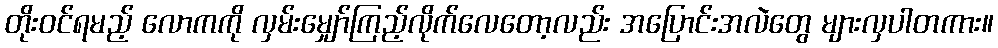
တိုးဝင်ရမည့် လောကကို လှမ်းမျှော်ကြည့်လိုက်လေတော့လည်း အပြောင်းအလဲတွေ များလှပါတကား။